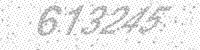
Solution: 613245